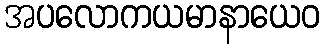
အပလောကယမာနာယေဝ